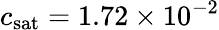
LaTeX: c_{\mathrm{sat}}=1.72\times 10^{-2}